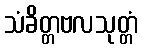
သံခိတ္တဗလသုတ္တံ